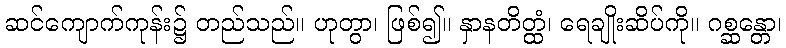
ဆင်ကျောက်ကုန်း၌ တည်သည်။ ဟုတွာ၊ ဖြစ်၍။ နှာနတိတ္ထံ၊ ရေချိုးဆိပ်ကို။ ဂစ္ဆန္တော၊